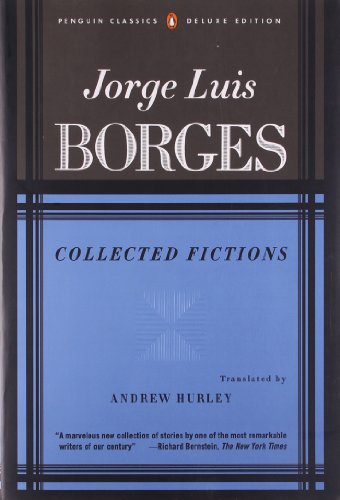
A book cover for Collected Fictions; Jorge Luis Borges; Literature & Fiction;